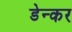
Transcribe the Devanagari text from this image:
डेन्कर